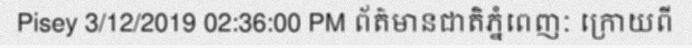
Pisey 3/12/2019 02:36:00 PM ព័ត៌មានជាតិភ្នំពេញៈ ក្រោយពី